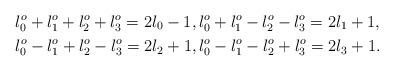
LaTeX: \begin{align*}& l_{0}^{o} + l_{1}^{o} + l_{2}^{o} + l_{3}^{o} = 2 l_{0} - 1, l_{0}^{o} + l_{1}^{o} - l_{2}^{o} - l_{3}^{o} = 2 l_{1} + 1,\\& l_{0}^{o} - l_{1}^{o} + l_{2}^{o} - l_{3}^{o} = 2 l_{2} + 1, l_{0}^{o} - l_{1}^{o} - l_{2}^{o} + l_{3}^{o} = 2 l_{3} + 1.\end{align*}